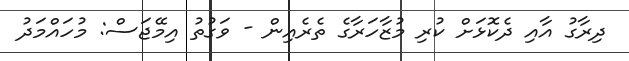
ދިރާގު އާއި ދެކޮޅަށް ކުރި މުޒާހަރާގެ ތެރެއިން - ވަގުތު އިމޭޖަސް: މުހައްމަދު